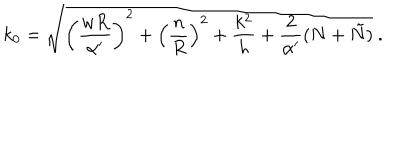
k _ { 0 } = \sqrt { \left( \frac { w R } { \alpha ^ { \prime } } \right) ^ { 2 } + \left( \frac { n } { R } \right) ^ { 2 } + \frac { k ^ { 2 } } { h } + \frac { 2 } { \alpha ^ { \prime } } ( N + \tilde { N } ) } ~ .